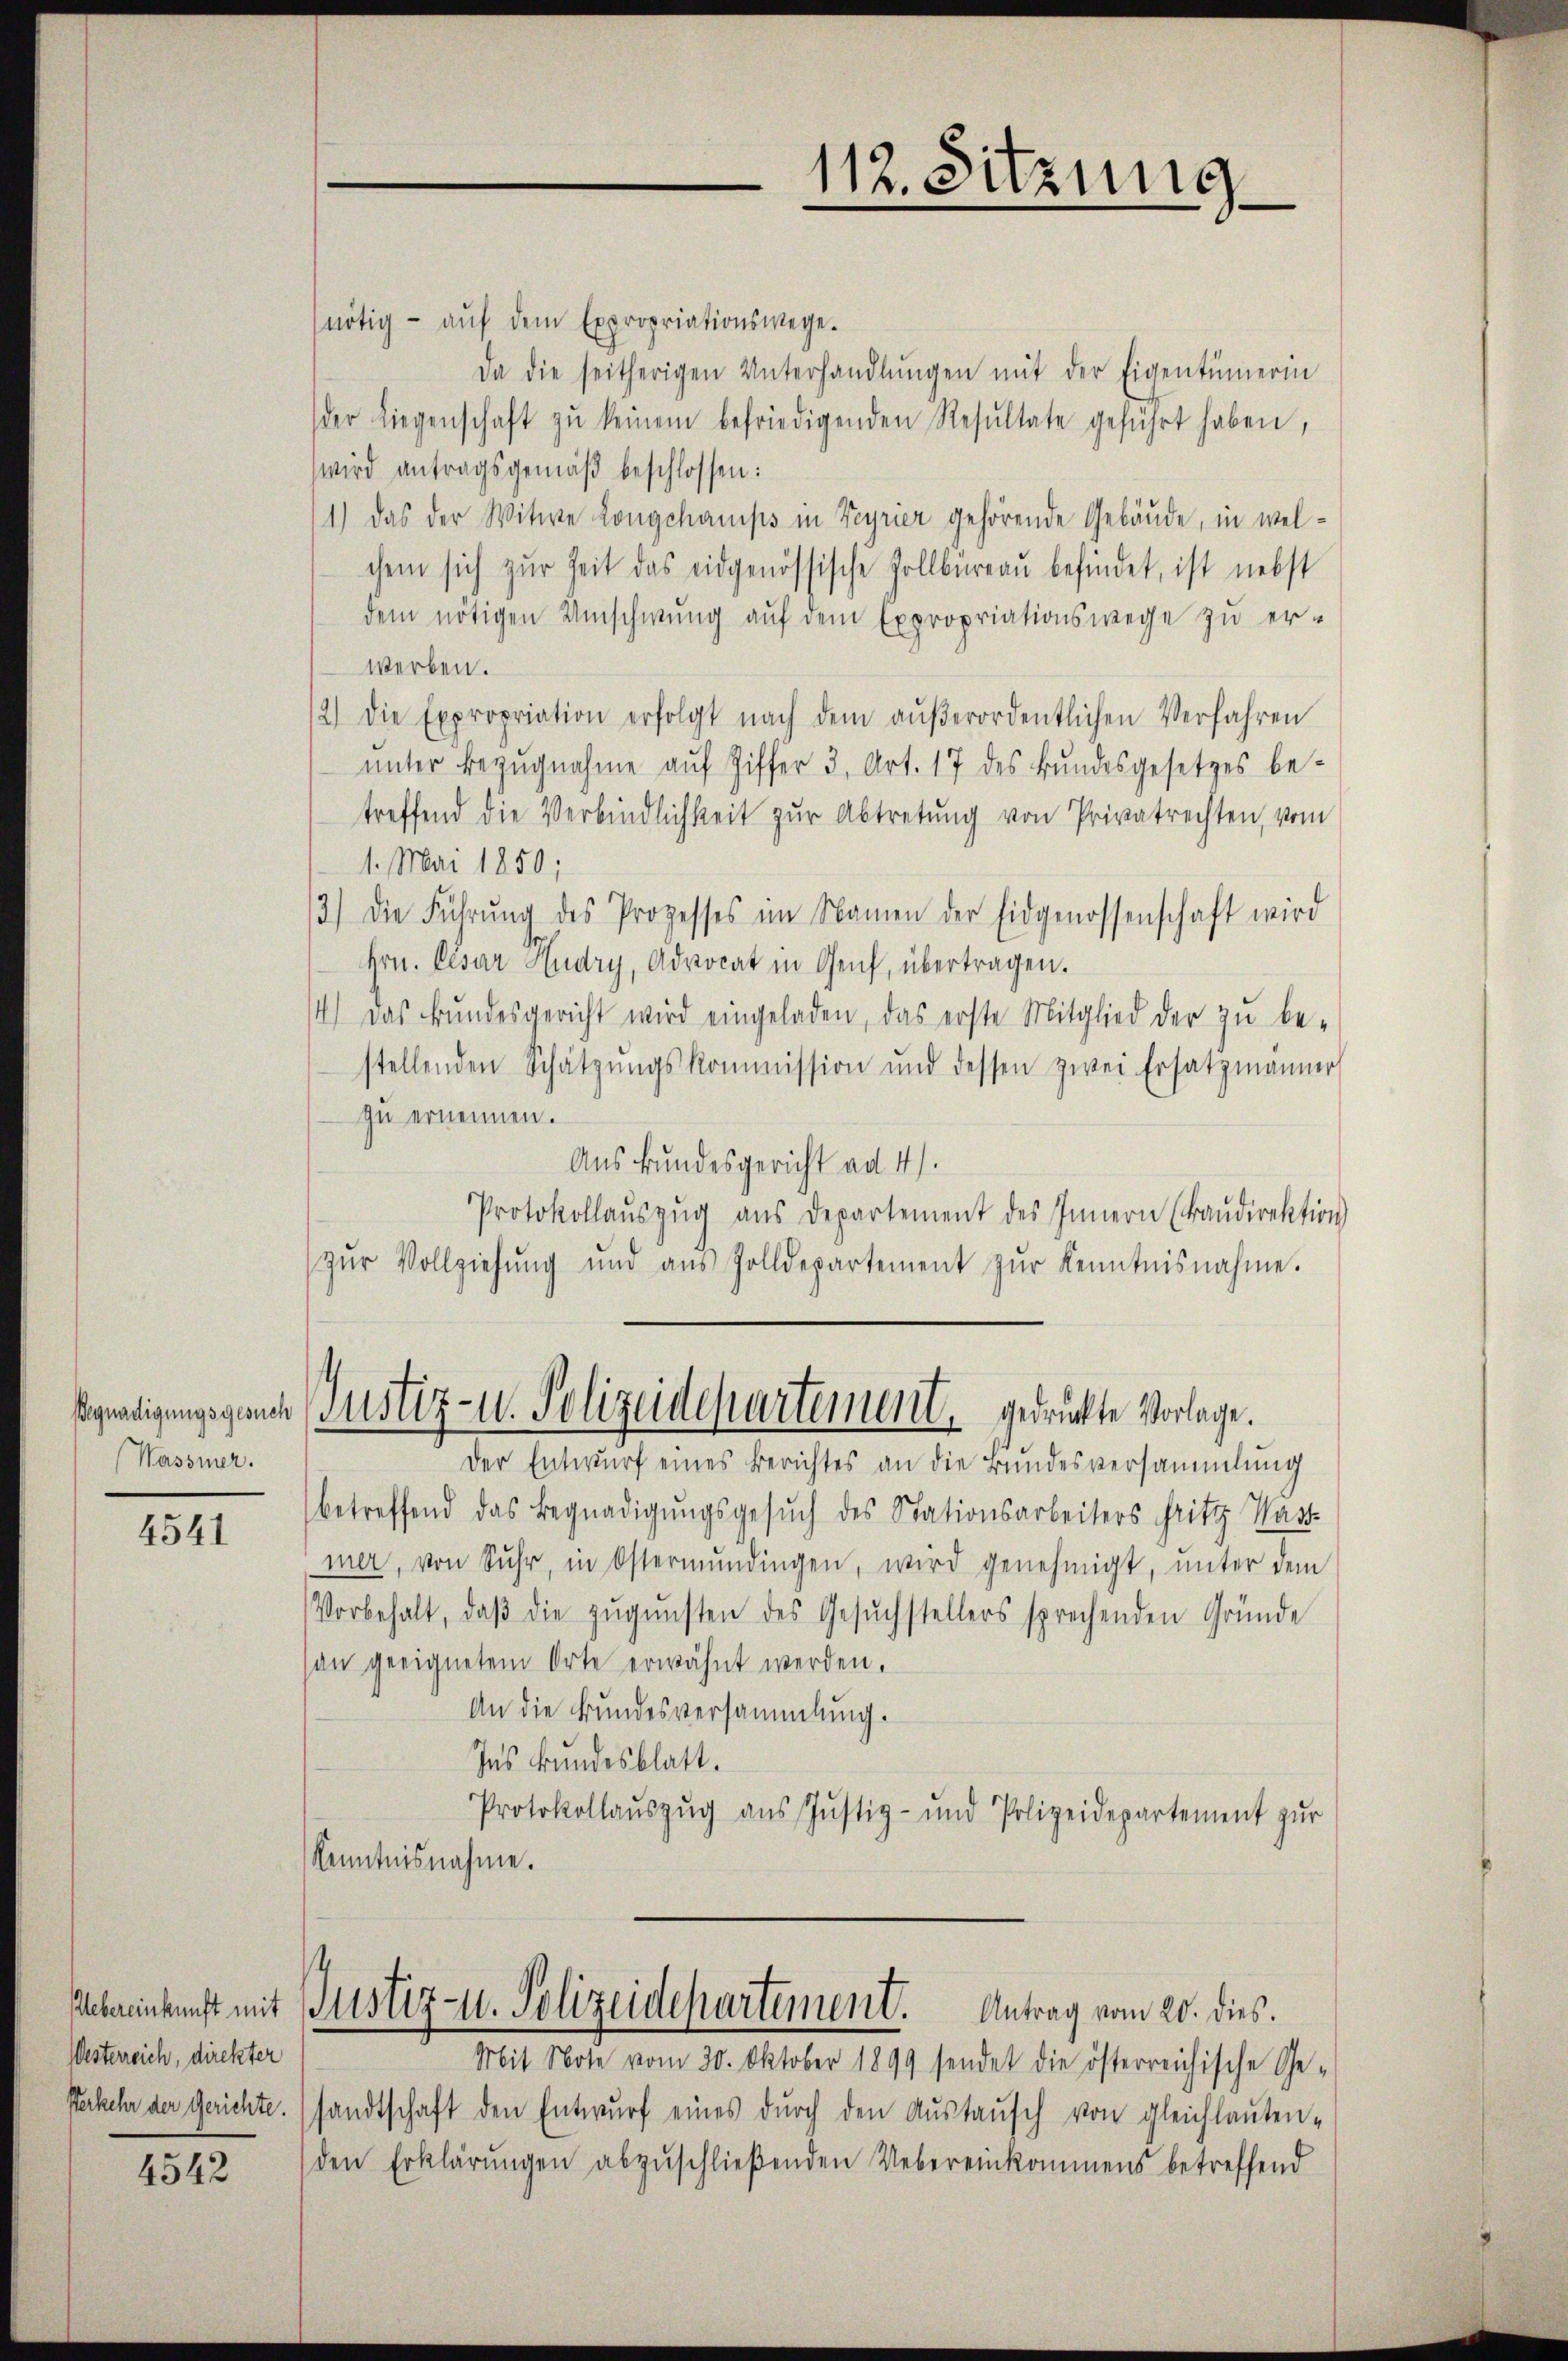
Begnadigungsgesuch
(Wasser.

4541

Uebereinkunft mit
Westerreich, direkter
Verkehr der Gerichte.

4542

nötig - aŭf dem Expropriationswege.
Da die seitherigen Unterhandlŭngen mit der Eigentümerin
(der Liegenschaft zŭ keinem befriedigenden Resŭltate geführt haben,
wird antragsgemäβ beschlossen:
1.) Das der Witwe Longchamps in Feyrier gehörende Gebäude, in welchem sich zŭr Zeit das eidgenössische Zollbüreaŭ befindet, ist nebst
dem nötigen Umschwung auf dem Expropriationswege zu er-
werben.
12) Die Expropriation erfolgt nach dem außerordentlichen Verfahren
ŭnter Bezŭgnahme aŭf Ziffer 3. Art. 17 des Bŭndesgesetzes be-
treffend die Verbindlichkeit zur Abtretung von Privatrechten, vom
1. Mai 1850;
/3.) Die Führŭng des Prozesses im Namen der Eidgenossenschaft wird
e
Hrn. Elsar Hudry, Advocat in Genf, übertragen.
4.) Das Bundesgericht wird eingeladen, das erste Mitglied der zu be-
stellenden Schatzŭngskommission und dessen zwei Ersatzmänner
zu ernennen.
Auskundesgericht ad 4).
Protokollaŭszŭg aŭs departement des Innern (kandirektion
zŭr Vollziehŭng und aus Zolldepartement zŭr Kenntnisnahme.
Justiz- u. Sol
seidepartement, gedrückte Vorlage.
Der Entwurf eines Berichtes an die Bundesversammlung
betreffend das Begnadigungsgesŭch des Stationsarbeiters Fritz Hast
mer, von Suhr, in Ostermŭndingen, wird genehmigt, unter dem
Vorbehalt, daβ die zŭgŭnsten des Gesŭchstellers sprechenden Gründe
an geeignetem Orte erwähnt werden.
An die Bundesversammlung.
Ins kundesblatt.
Protokollaŭszŭg aŭs Jŭstiz- und Polizeidepartement zŭr
Kenntnisnahme.

112. Sitzung

Mit Note vom 20. Oktober 1899 sendet die österreichische Ge-
sandtschaft den Entwŭrf eines dŭrch den Aŭstaŭsch von gleichlauten-
den Erklärŭngen abzŭschlieβenden Uebereinkommens betreffend

Justiz- u. Polizeidepartement. Antrag vom 20. dies.